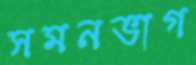
সমনভাগ